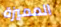
المميزة